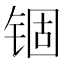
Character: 锢